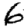
Digit: 6